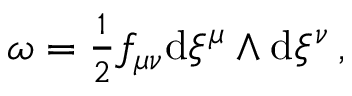
\begin{array} { r } { \omega = \frac { 1 } { 2 } f _ { \mu \nu } \mathrm { d } \xi ^ { \mu } \wedge \mathrm { d } \xi ^ { \nu } \, , } \end{array}